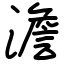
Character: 澹